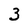
Character: 3